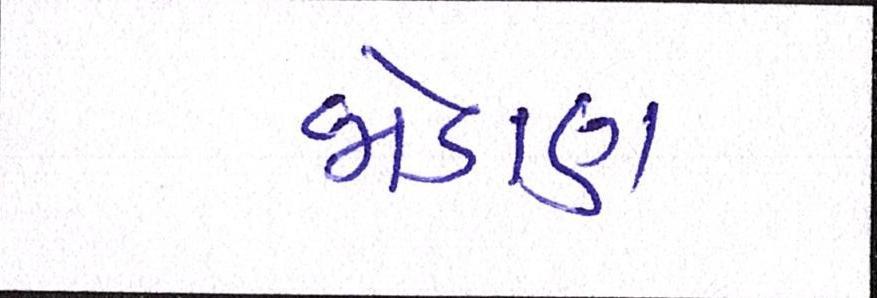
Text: જોડાણ